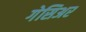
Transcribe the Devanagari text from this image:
गेसिअर